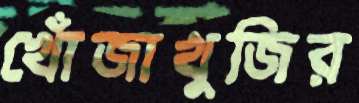
খোঁজাখুজির